Report of cholera committee
Disease focus: Cholera
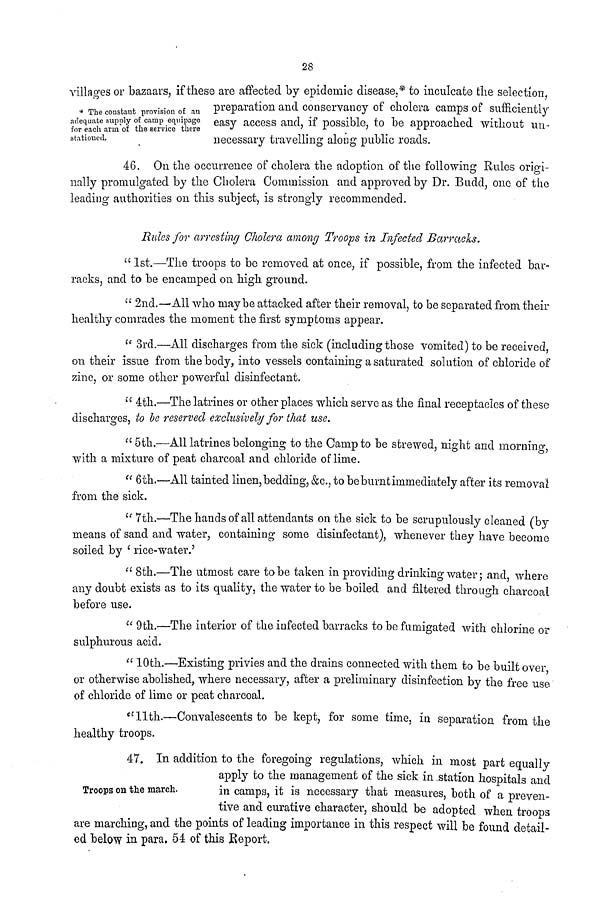
28
* The constant provision of an
adequate supply of camp equipage
for each arm of the service there
stationed.
villages or bazaars, if these are affected by epidemic disease.* to inculcate the selection,
preparation and conservancy of cholera camps of sufficiently
easy access and, if possible, to be approached without un-
necessary travelling along public roads.
46. On the occurrence of cholera the adoption of the following Rules origi-
nally promulgated by the Cholera Commission and approved by Dr. Budd, one of the
leading authorities on this subject, is strongly recommended.
Rules for arresting Cholera among Troops in Infected Barracks.
" 1st.—The troops to be removed at once, if possible, from the infected bar-
racks, and to be encamped on high ground.
" 2nd.—All who maybe attacked after their removal, to be separated from their
healthy comrades the moment the first symptoms appear.
" 3rd.—All discharges from the sick (including those vomited) to be received,
on their issue from the body, into vessels containing a saturated solution of chloride of
zinc, or some other powerful disinfectant.
" 4th.—The latrines or other places which serve as the final receptacles of these
discharges, to be reserved exclusively for that use.
" 5th.—All latrines belonging to the Camp to be strewed, night and morning,
with a mixture of peat charcoal and chloride of lime.
" 6th.—All tainted linen, bedding, &c, to be burnt immediately after its removal
from the sick.
" 7th.—The hands of all attendants on the sick to be scrupulously cleaned (by-
means of sand and water, containing some disinfectant), whenever they have become
soiled by ' rice-water.'
" 8th.—The utmost care to be taken in providing drinking water; and, where
any doubt exists as to its quality, the water to be boiled and filtered through charcoal
before use.
" 9th.—The interior of the infected barracks to be fumigated with chlorine or
sulphurous acid.
" 10th.—Existing privies and the drains connected with them to be built over
or otherwise abolished, where necessary, after a preliminary disinfection by the free use
of chloride of lime or peat charcoal.
"11th.—Convalescents to be kept, for some time, in separation from the
healthy troops.
Troops on the march.
47. In addition to the foregoing regulations, which in most part equally
apply to the management of the sick in station hospitals and
in camps, it is necessary that measures, both of a preven-
tive and curative character, should be adopted when troops
are marching, and the points of leading importance in this respect will be found detail-
ed below in para. 54 of this Report,